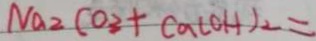
N a _ { 2 } C O _ { 3 } + C a ( O H ) _ { 2 } =